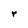
Character: r